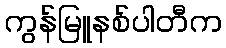
ကွန်မြူနစ်ပါတီက